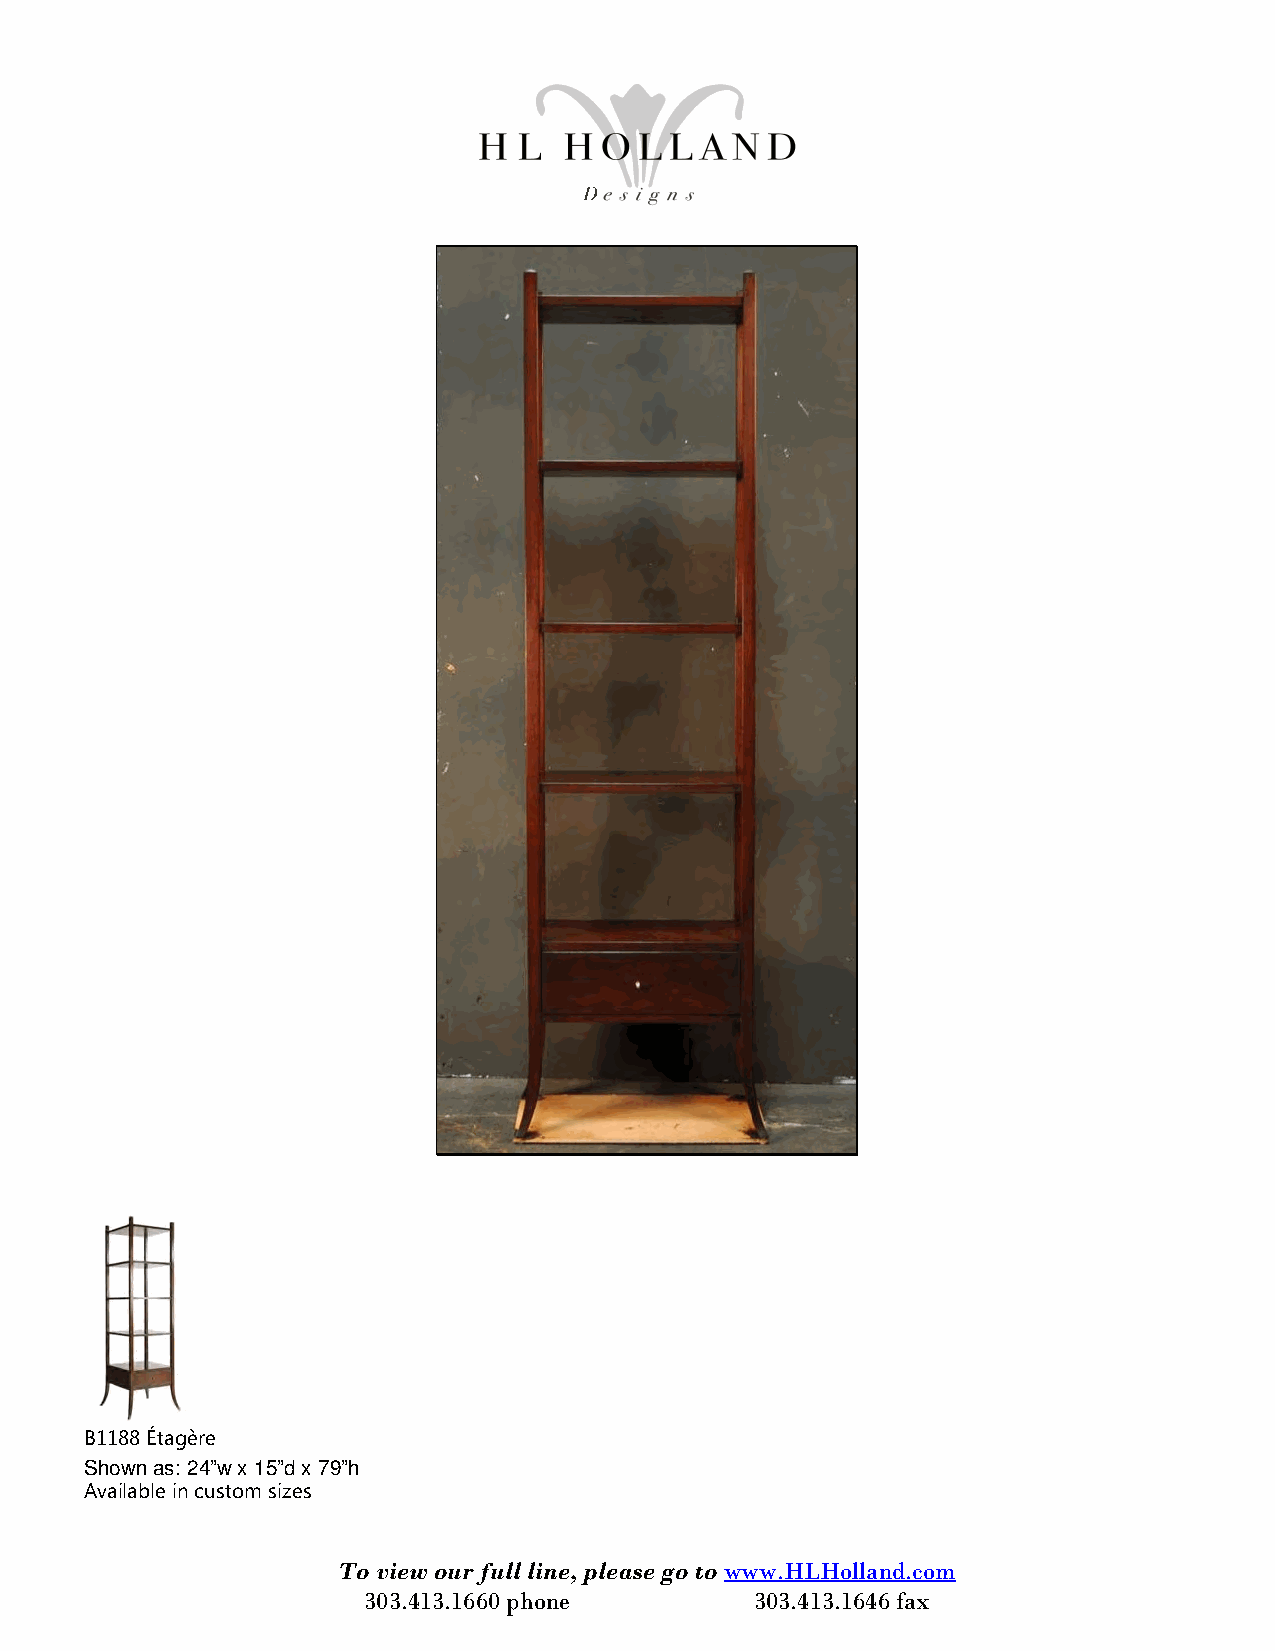
B1188 Étagère
 Shown as: 24”w x 15”d x 79”h
 Available in custom sizes
 To view our full line, please go to www.HLHolland.com
 303.413.1660 phone        303.413.1646 fax